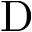
\mathrm { D }